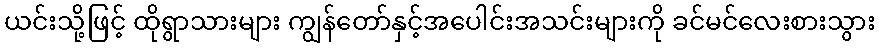
ယင်းသို့ဖြင့် ထိုရွာသားများ ကျွန်တော်နှင့်အပေါင်းအသင်းများကို ခင်မင်လေးစားသွား